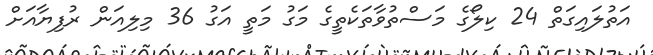
އަތުލައިގަތް 24 ކިލޯގެ މަސްތުވާތަކެތީގެ މަގު މަތީ އަގު 36 މިލިއަން ރުފިޔާއަށް